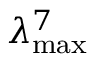
\lambda _ { \mathrm { m a x } } ^ { 7 }